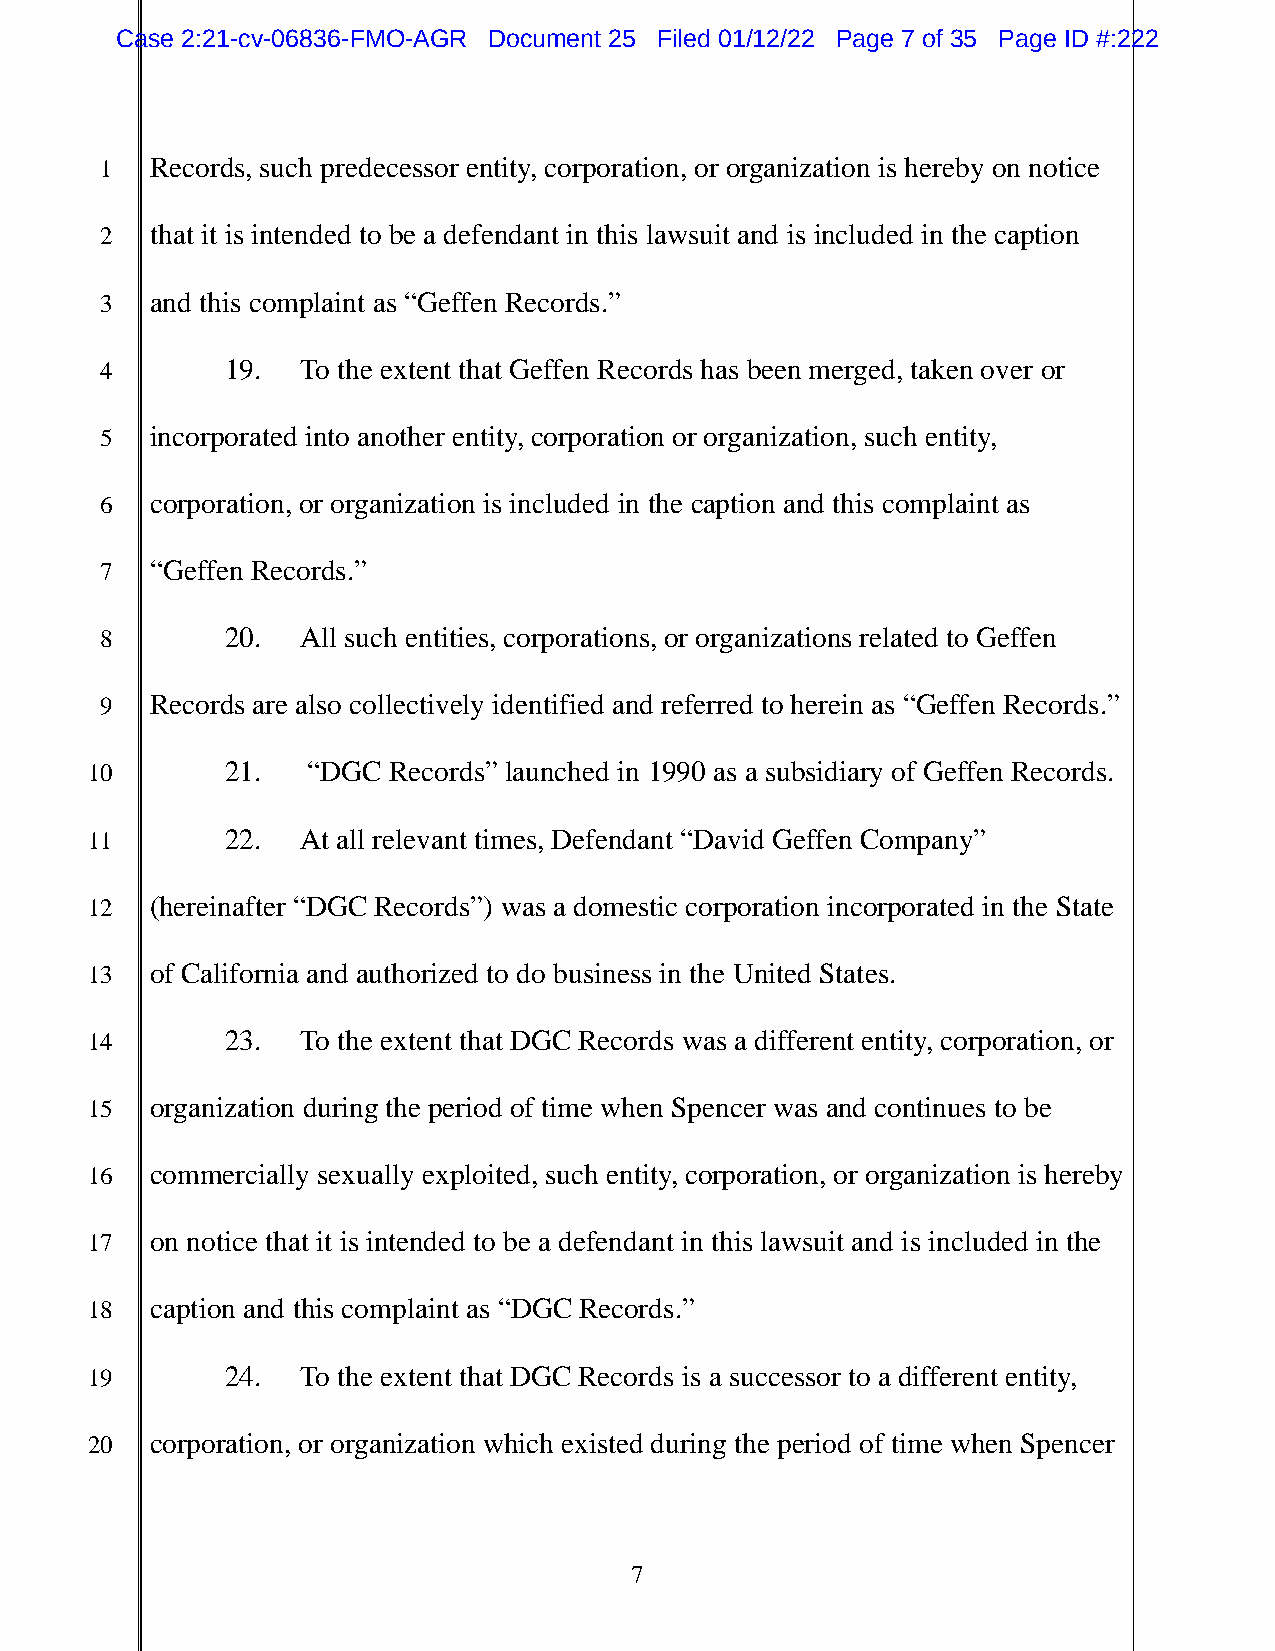
Case 2:21-cv-06836-FMO-AGR Document 25 Filed 01/12/22 Page 7 of 35 Page ID #:222
 1  Records, such predecessor entity, corporation, or organization is hereby on notice
 2  that it is intended to be a defendant in this lawsuit and is included in the caption
 3  and this complaint as “Geffen Records.”
 4       19.  To the extent that Geffen Records has been merged, taken over or
 5  incorporated into another entity, corporation or organization, such entity,
 6  corporation, or organization is included in the caption and this complaint as
 7  “Geffen Records.”
 8       20.  All such entities, corporations, or organizations related to Geffen
 9  Records are also collectively identified and referred to herein as “Geffen Records.”
 10       21.  “DGC  Records” launched in 1990 as a subsidiary of Geffen Records.
 11       22.  At all relevant times, Defendant “David Geffen Company”
 12  (hereinafter “DGC Records”) was a domestic corporation incorporated in the State
 13  of California and authorized to do business in the United States.
 14       23.  To the extent that DGC Records was a different entity, corporation, or
 15  organization during the period of time when Spencer was and continues to be
 16  commercially sexually exploited, such entity, corporation, or organization is hereby
 17  on notice that it is intended to be a defendant in this lawsuit and is included in the
 18  caption and this complaint as “DGC Records.”
 19       24.  To the extent that DGC Records is a successor to a different entity,
 20  corporation, or organization which existed during the period of time when Spencer
 7